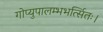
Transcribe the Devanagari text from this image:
गोप्युपालम्भभर्त्सितः।